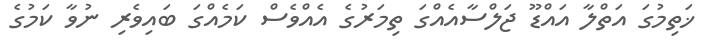
ޚަތިމުގަ އަތްލާ އައްޑޫ ޖަލްސާއެއްގަ ތިމަރުގެ އެއްވެސް ކަމެއްގަ ބައިވެރި ނުވާ ކަމުގެ